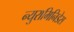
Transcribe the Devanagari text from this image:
न्युरामिनिडेस